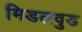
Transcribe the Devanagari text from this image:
मिडलवुड